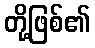
တို့ဖြစ်၏